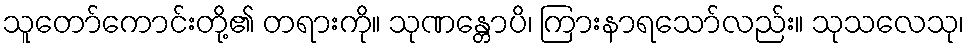
သူတော်ကောင်းတို့၏ တရားကို။ သုဏန္တောပိ၊ ကြားနာရသော်လည်း။ သုသလေသု၊